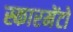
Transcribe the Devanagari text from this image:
स्कारमेंटो